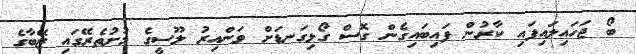
ބޯ ޖަހައިލައިފައި ކާރުން ފައިބައިގެން ގޮސް ގޯޅިގަނޑަށް ވަންއިރު ލޫސީގެ މުށުތެރޭގައި ޒޭބާގެ